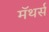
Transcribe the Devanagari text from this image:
मॅथर्स